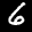
Label: 6